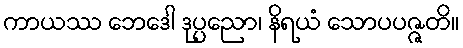
ကာယဿ ဘေဒေါ ဒုပ္ပညော၊ နိရယံ သောပပဇ္ဇတိ။